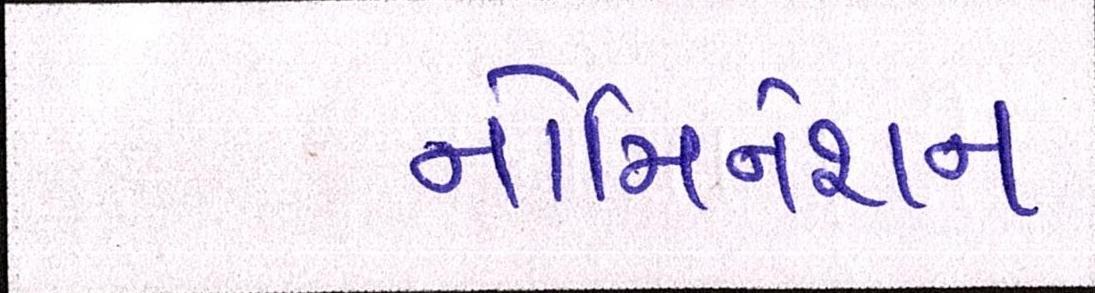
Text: નોમિનેશન